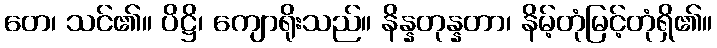
တေ၊ သင်၏။ ပိဋ္ဌိ၊ ကျောရိုးသည်။ နိန္နတုန္နတာ၊ နိမ့်တုံမြင့်တုံရှိ၏။